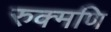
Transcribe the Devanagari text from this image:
रुक्मणि